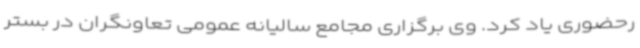
رحضوری یاد کرد. وی برگزاری مجامع سالیانه عمومی تعاونگران در بستر